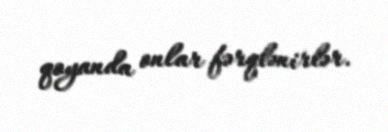
qoyanda onlar fərqlənirlər.